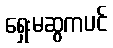
ရှေးမဆွကပင်